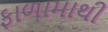
ફાળામાથી